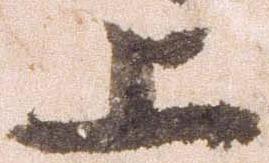
上